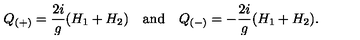
Q _ { ( + ) } = { \frac { 2 i } { g } } ( H _ { 1 } + H _ { 2 } ) \quad \mathrm { a n d } \quad Q _ { ( - ) } = - { \frac { 2 i } { g } } ( H _ { 1 } + H _ { 2 } ) .